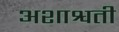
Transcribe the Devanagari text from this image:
अशाश्वती